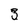
Character: 3